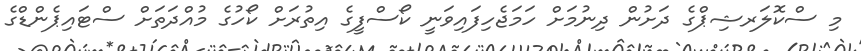
މި ސްކޮލަރޝިޕްގެ ދަށުން ދިނުމަށް ހަމަޖެހިފައިވަނީ ކޯސްފީގެ އިތުރަށް ކޯހުގެ މުއްދަތަށް ސްޓައިޕެންޑްގެ